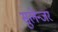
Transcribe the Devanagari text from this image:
सुलेन्जर